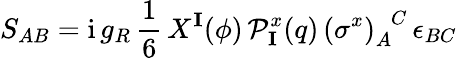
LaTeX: S_{AB}=\mathrm{i}\, g_{R}\, \frac{1}{6}\, X^{\mathbf{I}}(\phi)\, \mathcal{P}_{\mathbf{I}}^{x}(q)\, \left(\sigma^{x}\right)_{A}^{\phantom{A}C}\, \epsilon_{BC}